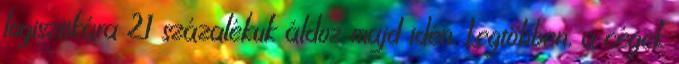
logisztikára 21 százalékuk áldoz majd idén. Legtöbben, a cégek